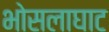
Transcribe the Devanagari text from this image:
भोसलाघाट